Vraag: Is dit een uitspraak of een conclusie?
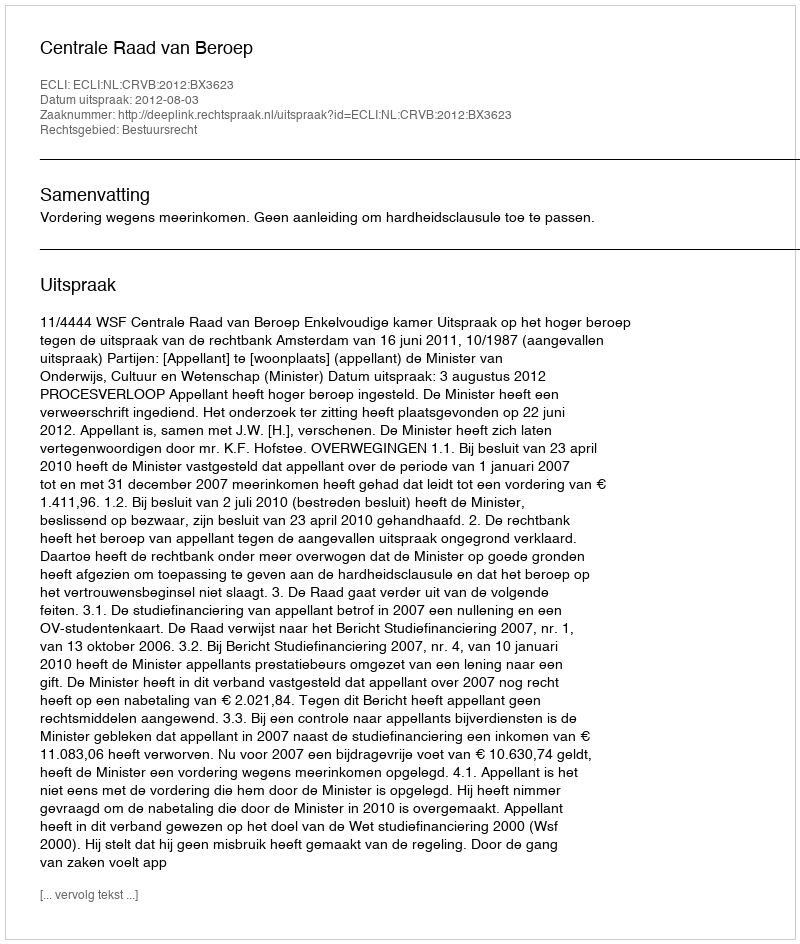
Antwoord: Uitspraak